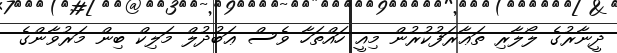
ދީނާރުގެ ލޯލާރި ތަޢާރަފުކުރުން މިއީ ހައްތަހާ ވެސް ޢަބުދުލް މަލިކް ބިން މަރުވާންގެ